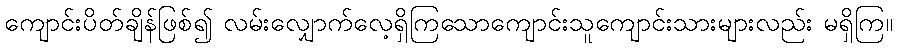
ကျောင်းပိတ်ချိန်ဖြစ်၍ လမ်းလျှောက်လေ့ရှိကြသောကျောင်းသူကျောင်းသားများလည်း မရှိကြ။